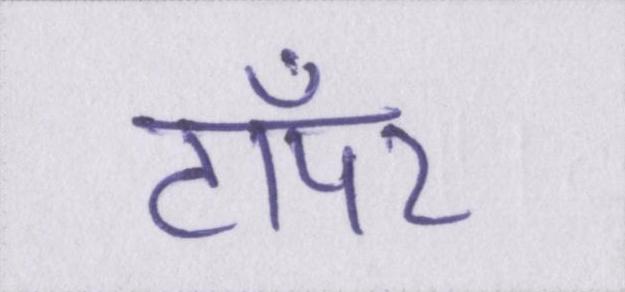
टॉपर